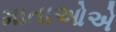
માતાઓએ